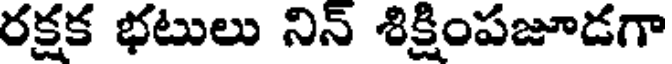
రక్షక భటులు నిన్ శిక్షింపజూడగా